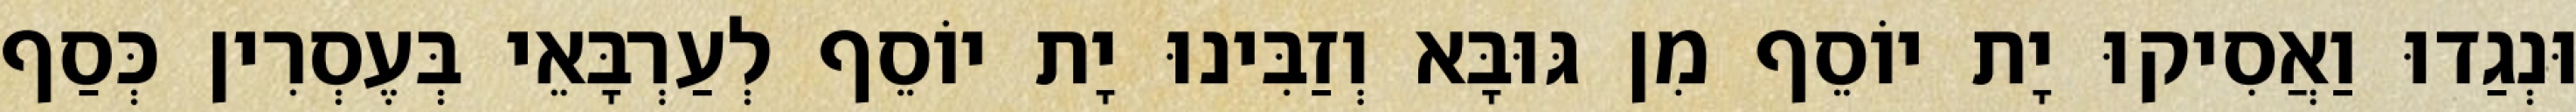
וּנְגַדוּ וַאֲסִיקוּ יָת יוֹסֵף מִן גּוּבָּא וְזַבִּינוּ יָת יוֹסֵף לְעַרְבָּאֵי בְּעֶסְרִין כְּסַף